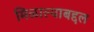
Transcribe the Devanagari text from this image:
मिळाल्याबद्दल